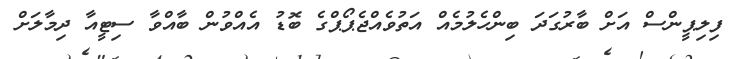
ފިލިޕީންސް އަށް ބާރުގަދަ ބިންހެލުމެއް އަތުވެއްޖެޕޯޕްގެ ބޮޑު އެއްވުން ބާއްވާ ސިޓީއާ ދިމާލަށް